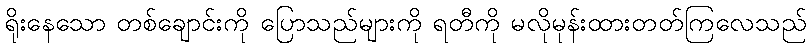
ရိုးနေသော တစ်ချောင်းကို ပြောသည်များကို ရတီကို မလိုမုန်းထားတတ်ကြလေသည်